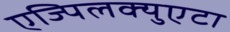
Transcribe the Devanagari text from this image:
एज्पिलक्युएटा